Vaccination in the Punjab 1883-1896 - 1883-1896
Year: 1883
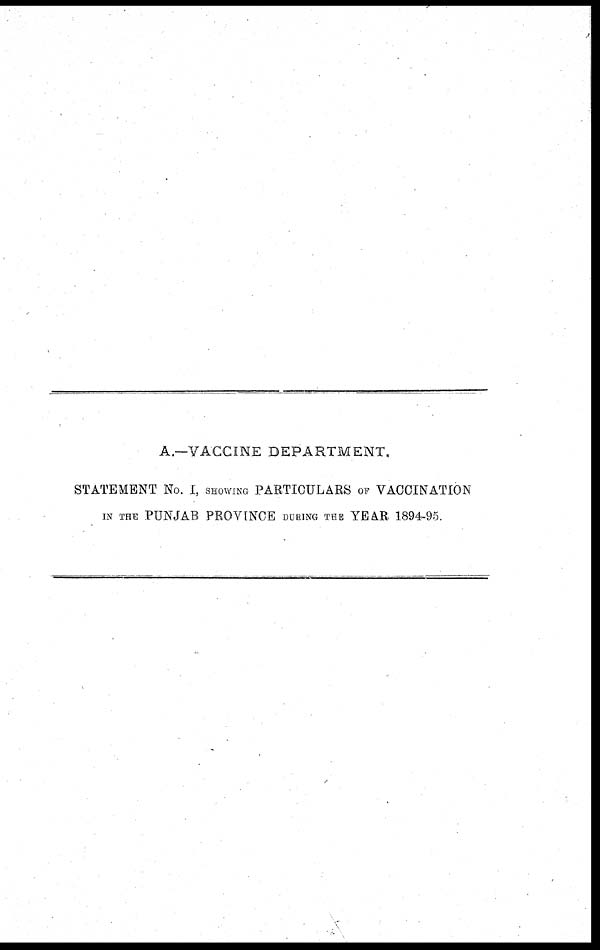
A.—VACCINE DEPARTMENT.
STATEMENT No. I, SHOWING PARTICULARS OF VACCINATION
IN THE PUNJAB PROVINCE DURING THE YEAR 1894-95.